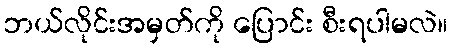
ဘယ်လိုင်းအမှတ်ကို ပြောင်း စီးရပါမလဲ။